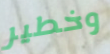
وخطير